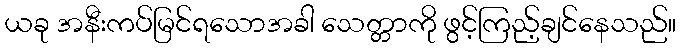
ယခု အနီးကပ်မြင်ရသောအခါ သေတ္တာကို ဖွင့်ကြည့်ချင်နေသည်။